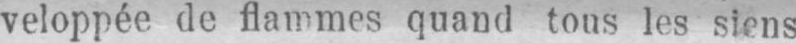
veloppée de flammes quand tous les siens